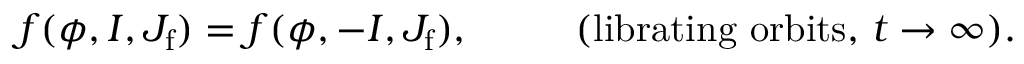
f ( \phi , I , J _ { \mathrm { f } } ) = f ( \phi , - I , J _ { \mathrm { f } } ) , \, \, \, \, \, \, \, \, \, \, \, \, \, \, \, \, ( \mathrm { l i b r a t i n g \, \, o r b i t s , } \, \, t \to \infty ) .